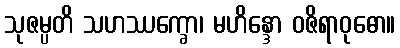
သုဇမ္ပတိ သဟဿက္ခော၊ မဟိန္ဒော ဝဇိရာဝုဓော။